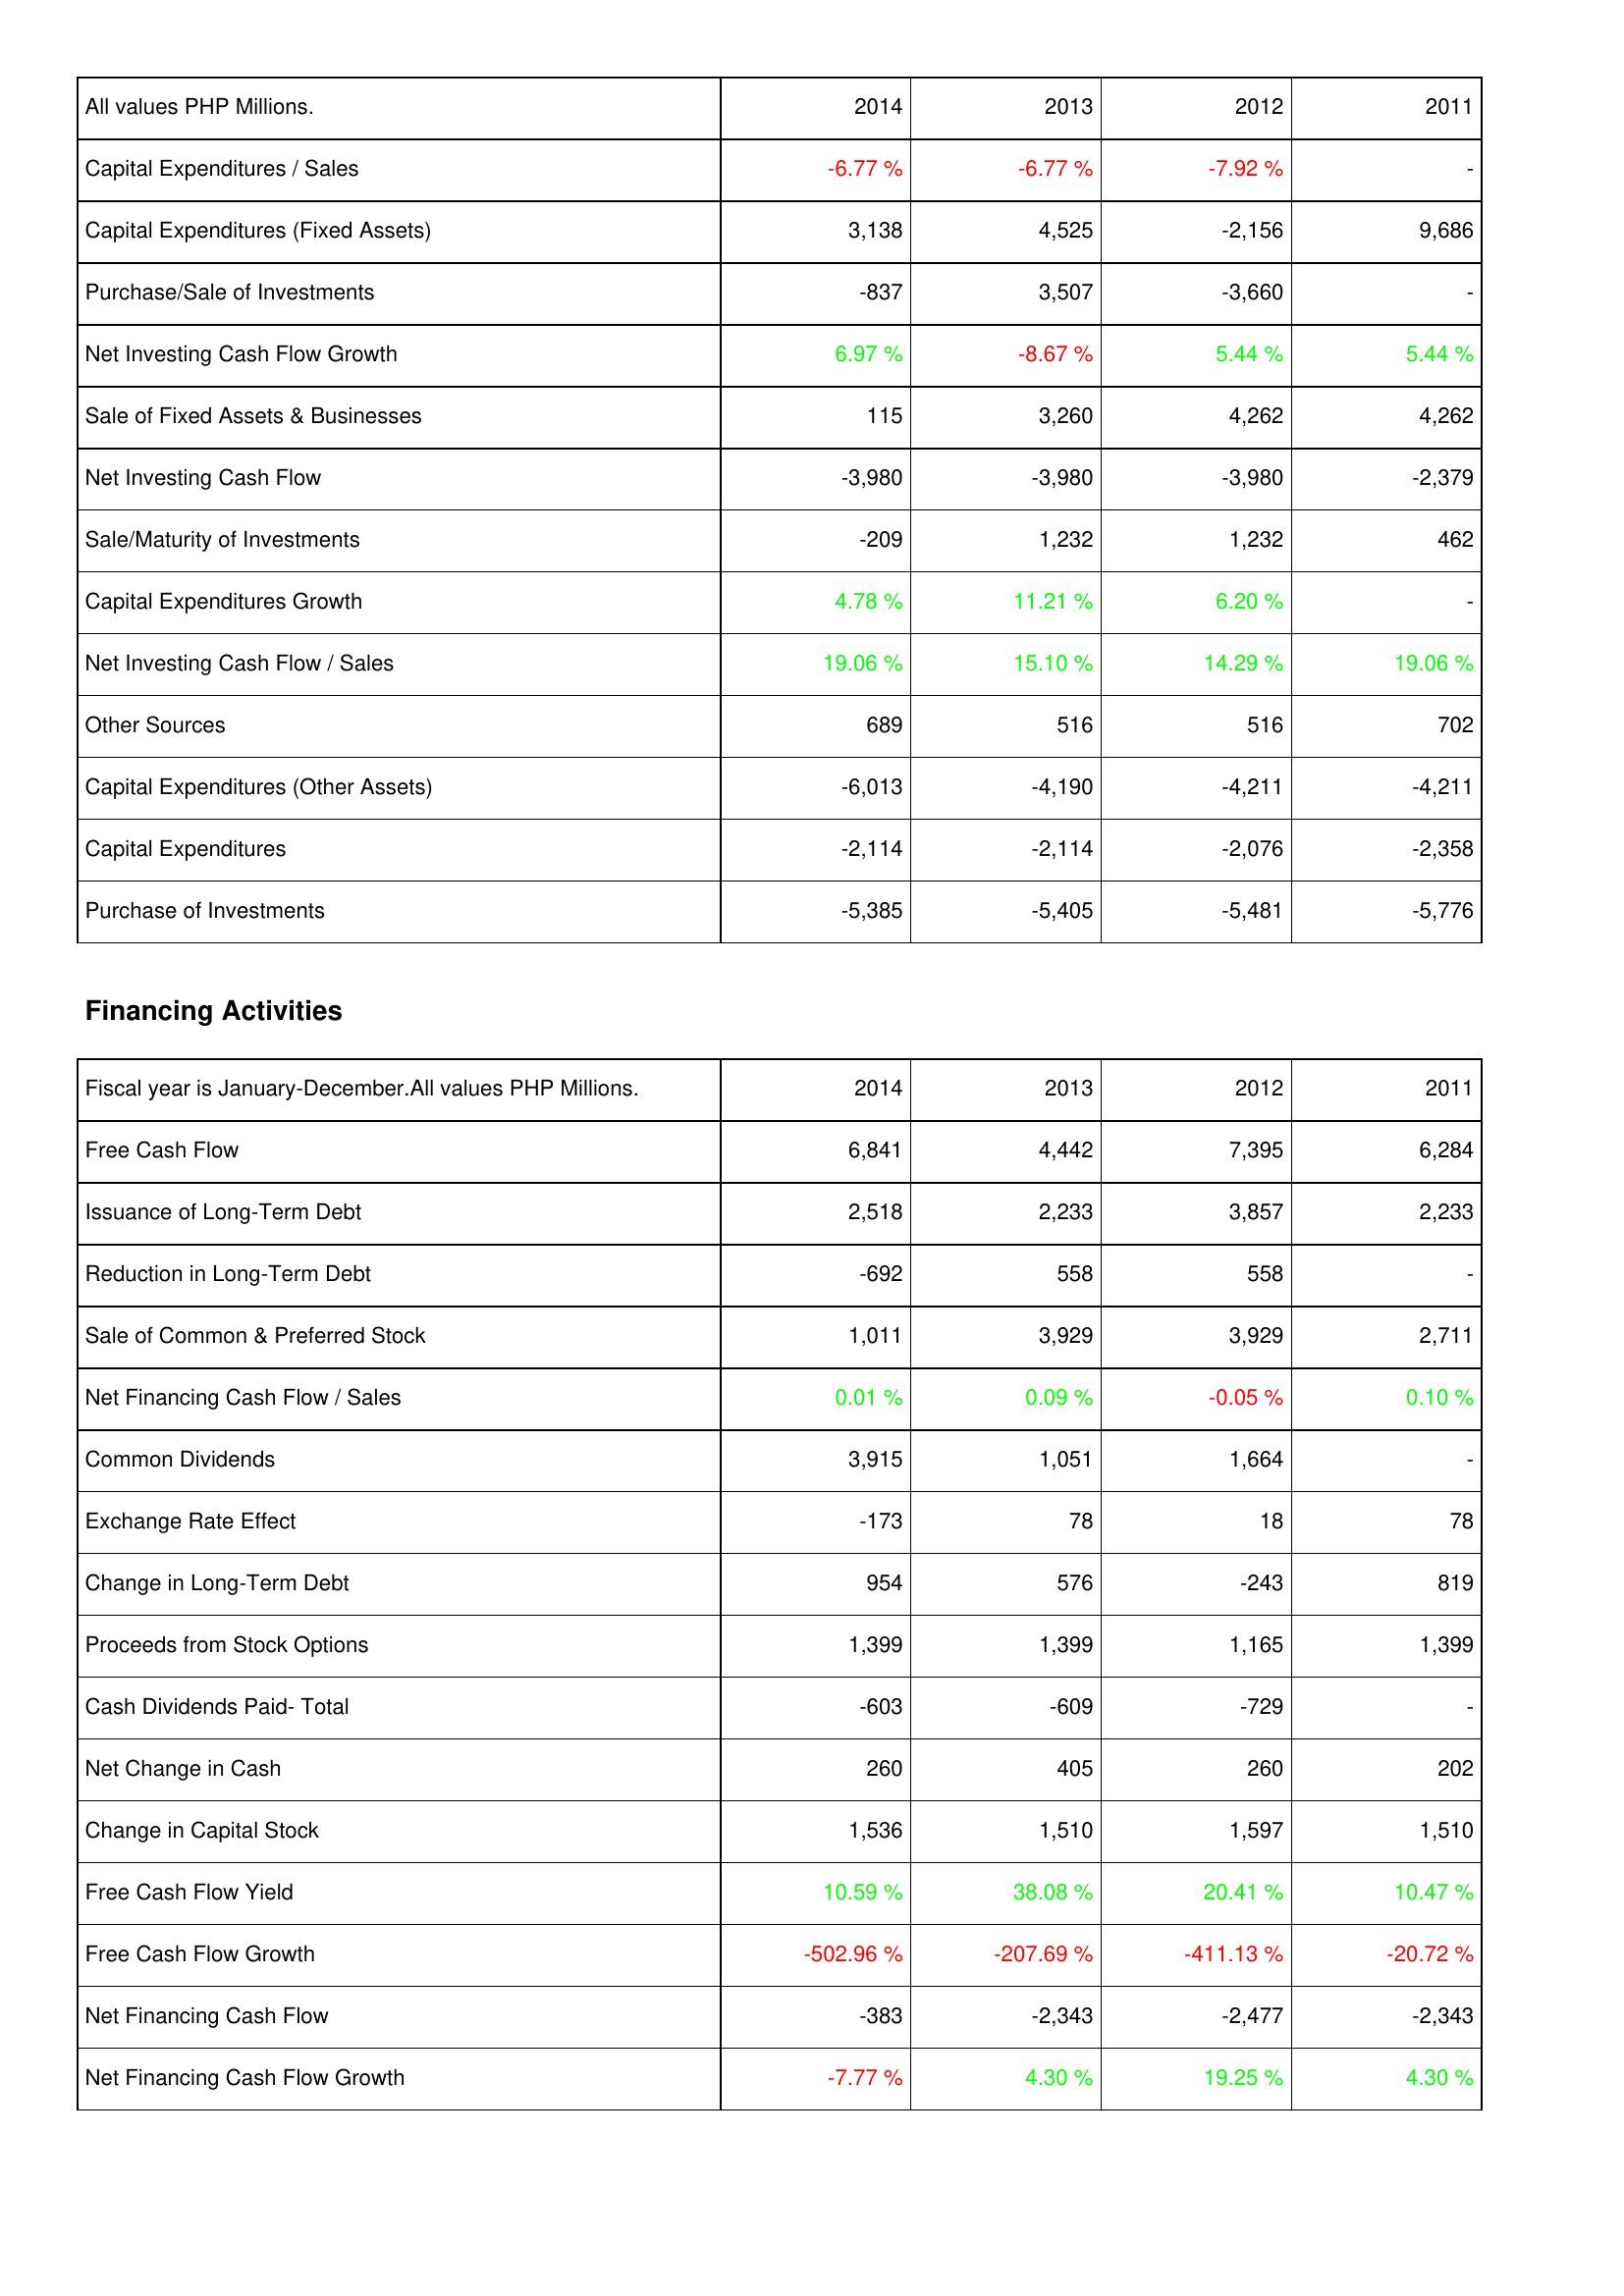
2014: Investing Activities: Capital Expenditures / Sales: -6.77 %
Capital Expenditures (Fixed Assets): 3,138
Purchase/Sale of Investments: -837
Net Investing Cash Flow Growth: 6.97 %
Sale of Fixed Assets & Businesses: 115
Net Investing Cash Flow: -3,980
Sale/Maturity of Investments: -209
Capital Expenditures Growth: 4.78 %
Net Investing Cash Flow / Sales: 19.06 %
Other Sources: 689
Capital Expenditures (Other Assets): -6,013
Capital Expenditures: -2,114
Purchase of Investments: -5,385
Financing Activities: Free Cash Flow: 6,841
Issuance of Long-Term Debt: 2,518
Reduction in Long-Term Debt: -692
Sale of Common & Preferred Stock: 1,011
Net Financing Cash Flow / Sales: 0.01 %
Common Dividends: 3,915
Exchange Rate Effect: -173
Change in Long-Term Debt: 954
Proceeds from Stock Options: 1,399
Cash Dividends Paid- Total: -603
Net Change in Cash: 260
Change in Capital Stock: 1,536
Free Cash Flow Yield: 10.59 %
Free Cash Flow Growth: -502.96 %
Net Financing Cash Flow: -383
Net Financing Cash Flow Growth: -7.77 %
2013: Investing Activities: Capital Expenditures / Sales: -6.77 %
Capital Expenditures (Fixed Assets): 4,525
Purchase/Sale of Investments: 3,507
Net Investing Cash Flow Growth: -8.67 %
Sale of Fixed Assets & Businesses: 3,260
Net Investing Cash Flow: -3,980
Sale/Maturity of Investments: 1,232
Capital Expenditures Growth: 11.21 %
Net Investing Cash Flow / Sales: 15.10 %
Other Sources: 516
Capital Expenditures (Other Assets): -4,190
Capital Expenditures: -2,114
Purchase of Investments: -5,405
Financing Activities: Free Cash Flow: 4,442
Issuance of Long-Term Debt: 2,233
Reduction in Long-Term Debt: 558
Sale of Common & Preferred Stock: 3,929
Net Financing Cash Flow / Sales: 0.09 %
Common Dividends: 1,051
Exchange Rate Effect: 78
Change in Long-Term Debt: 576
Proceeds from Stock Options: 1,399
Cash Dividends Paid- Total: -609
Net Change in Cash: 405
Change in Capital Stock: 1,510
Free Cash Flow Yield: 38.08 %
Free Cash Flow Growth: -207.69 %
Net Financing Cash Flow: -2,343
Net Financing Cash Flow Growth: 4.30 %
2012: Investing Activities: Capital Expenditures / Sales: -7.92 %
Capital Expenditures (Fixed Assets): -2,156
Purchase/Sale of Investments: -3,660
Net Investing Cash Flow Growth: 5.44 %
Sale of Fixed Assets & Businesses: 4,262
Net Investing Cash Flow: -3,980
Sale/Maturity of Investments: 1,232
Capital Expenditures Growth: 6.20 %
Net Investing Cash Flow / Sales: 14.29 %
Other Sources: 516
Capital Expenditures (Other Assets): -4,211
Capital Expenditures: -2,076
Purchase of Investments: -5,481
Financing Activities: Free Cash Flow: 7,395
Issuance of Long-Term Debt: 3,857
Reduction in Long-Term Debt: 558
Sale of Common & Preferred Stock: 3,929
Net Financing Cash Flow / Sales: -0.05 %
Common Dividends: 1,664
Exchange Rate Effect: 18
Change in Long-Term Debt: -243
Proceeds from Stock Options: 1,165
Cash Dividends Paid- Total: -729
Net Change in Cash: 260
Change in Capital Stock: 1,597
Free Cash Flow Yield: 20.41 %
Free Cash Flow Growth: -411.13 %
Net Financing Cash Flow: -2,477
Net Financing Cash Flow Growth: 19.25 %
2011: Investing Activities: Capital Expenditures / Sales: -
Capital Expenditures (Fixed Assets): 9,686
Purchase/Sale of Investments: -
Net Investing Cash Flow Growth: 5.44 %
Sale of Fixed Assets & Businesses: 4,262
Net Investing Cash Flow: -2,379
Sale/Maturity of Investments: 462
Capital Expenditures Growth: -
Net Investing Cash Flow / Sales: 19.06 %
Other Sources: 702
Capital Expenditures (Other Assets): -4,211
Capital Expenditures: -2,358
Purchase of Investments: -5,776
Financing Activities: Free Cash Flow: 6,284
Issuance of Long-Term Debt: 2,233
Reduction in Long-Term Debt: -
Sale of Common & Preferred Stock: 2,711
Net Financing Cash Flow / Sales: 0.10 %
Common Dividends: -
Exchange Rate Effect: 78
Change in Long-Term Debt: 819
Proceeds from Stock Options: 1,399
Cash Dividends Paid- Total: -
Net Change in Cash: 202
Change in Capital Stock: 1,510
Free Cash Flow Yield: 10.47 %
Free Cash Flow Growth: -20.72 %
Net Financing Cash Flow: -2,343
Net Financing Cash Flow Growth: 4.30 %